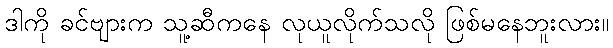
ဒါကို ခင်ဗျားက သူ့ဆီကနေ လုယူလိုက်သလို ဖြစ်မနေဘူးလား။